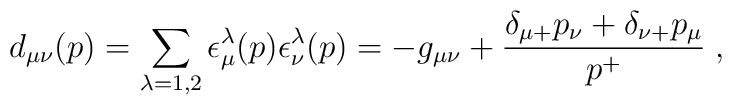
d_{\mu\nu}(p) = \sum_{\lambda=1,2} \epsilon^\lambda_\mu(p)\epsilon^\lambda_\nu(p)=-g_{\mu\nu} + {{\delta_{\mu+}p_\nu+\delta_{\nu+}p_\mu} \over p^+}\; ,